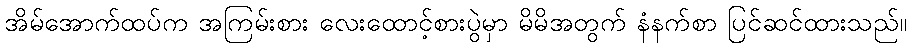
အိမ်အောက်ထပ်က အကြမ်းစား လေးထောင့်စားပွဲမှာ မိမိအတွက် နံနက်စာ ပြင်ဆင်ထားသည်။